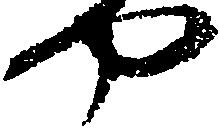
や